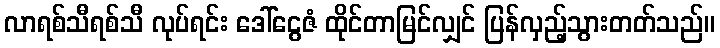
လာရစ်သီရစ်သီ လုပ်ရင်း ဒေါ်ငွေဇံ ထိုင်တာမြင်လျှင် ပြန်လှည့်သွားတတ်သည်။